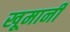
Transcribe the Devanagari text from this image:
खूमानी